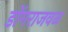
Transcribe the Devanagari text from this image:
डोंगराजवळ